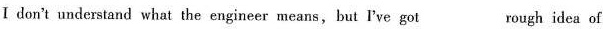
Ⅰ don't understand what the engineer means,but I've got rough idea of